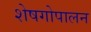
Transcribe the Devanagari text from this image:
शेषगोपालन